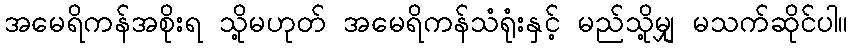
အမေရိကန်အစိုးရ သို့မဟုတ် အမေရိကန်သံရုံးနှင့် မည်သို့မျှ မသက်ဆိုင်ပါ။